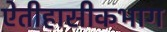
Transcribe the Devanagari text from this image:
ऐतीहासीकभाग